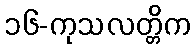
၁၆-ကုသလတ္တိက